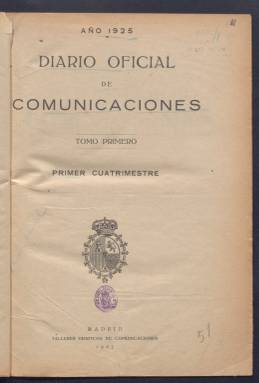
Título: Diario oficial de comunicaciones
Colección: Comunicaciones
Ámbito geográfico: Madrid
Lugar de publicación: Madrid
Fechas: 01/01/1925-31/08/1936